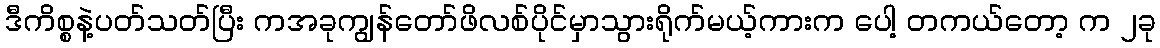
ဒီကိစ္စနဲ့ပတ်သတ်ပြီး ကအခုကျွန်တော်ဖိလစ်ပိုင်မှာသွားရိုက်မယ့်ကားက ပေါ့ တကယ်တော့ က ၂ခု